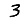
Digit: 3